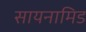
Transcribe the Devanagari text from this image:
सायनामिड